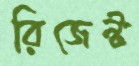
রিজেন্ট